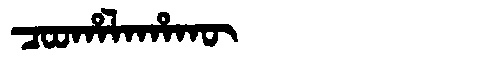
Manchu: ᠴᠣᠣᡥᠠᠯᠠᡥᠠᡴᡡ
Romanization: COOHALAHAKŪ